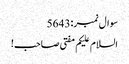
سوال نمبر:5643
السلام علیکم مفتی صاحب!